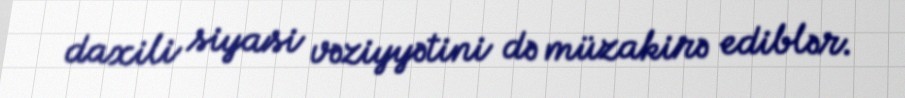
daxili siyasi vəziyyətini də müzakirə ediblər.